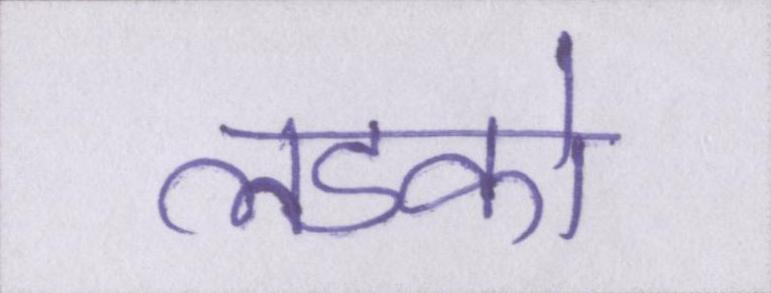
लडको